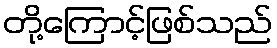
တို့ကြောင့်ဖြစ်သည်